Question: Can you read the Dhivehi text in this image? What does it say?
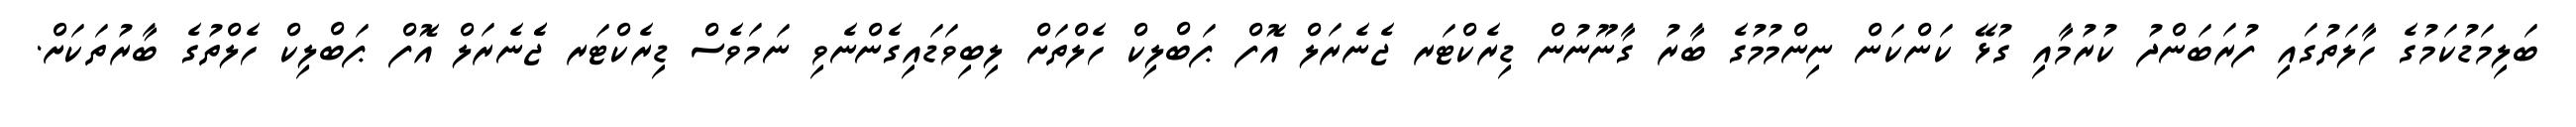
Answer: ބަލިމަޑުކަމުގެ ހާލަތުގައި ފުރަބަންދު ކުރުމާއި ގުޅޭ ކަންކަން ނިންމުމުގެ ބާރު ގާނޫނުން ޑިރެކްޓަރ ޖެނެރަލް އޮފް ޕަބްލިކް ހެލްތަށް ލިބިވަޑައިގެންނެވި ނަމަވެސް ޑިރެކްޓަރ ޖެެނެރަލް އޮފް ޕަބްލިކް ހެލްތުގެ ބާރުތަކަށް.